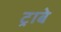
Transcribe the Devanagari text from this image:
ट्राबे